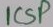
Text: ICSP